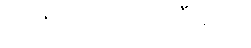
၇.၂၅ ဒေါ်လာပါ။ ဒီမှာပါ။